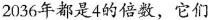
2036年都是4的倍数，它们